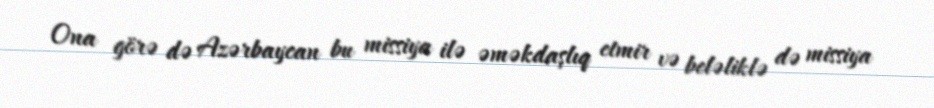
Ona görə də Azərbaycan bu missiya ilə əməkdaşlıq etmir və beləliklə də missiya